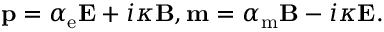
\begin{array} { r } { \mathbf { p } = \alpha _ { \mathrm { e } } \mathbf { E } + i \kappa \mathbf { B } , \mathbf { m } = \alpha _ { \mathrm { m } } \mathbf { B } - i \kappa \mathbf { E } . } \end{array}